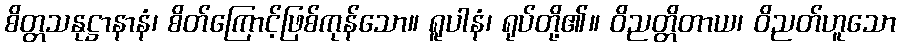
စိတ္တသနုဋ္ဌာနာနံ၊ စိတ်ကြောင့်ဖြစ်ကုန်သော။ ရူပါနံ၊ ရုပ်တို့၏။ ဝိညတ္တိတာယ၊ ဝိညတ်ဟူသော